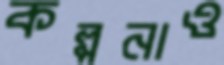
কল্পনাও